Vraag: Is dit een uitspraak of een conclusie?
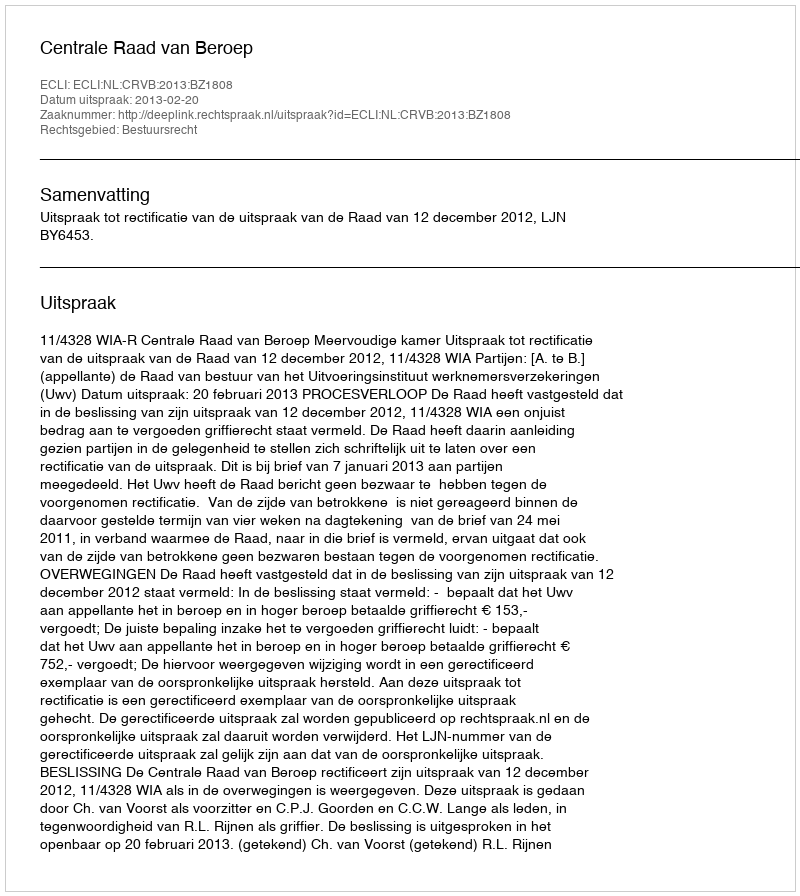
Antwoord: Uitspraak